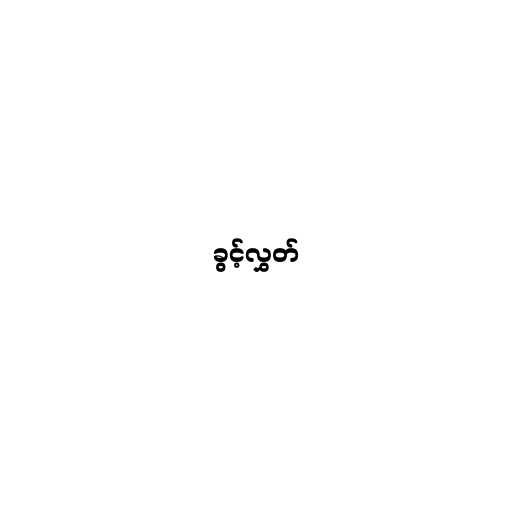
ခွင့်လွှတ်